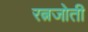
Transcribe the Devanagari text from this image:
रत्नजोती